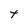
Character: t